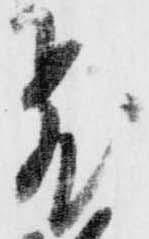
飛